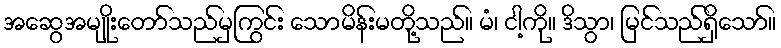
အဆွေအမျိုးတော်သည်မှကြွင်း သောမိန်းမတို့သည်။ မံ၊ ငါ့ကို။ ဒိသွာ၊ မြင်သည်ရှိသော်။